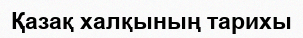
Қазақ халқының тарихы